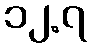
၁၂.၇